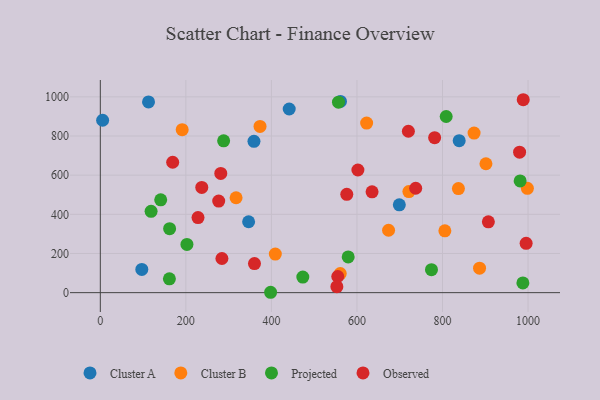
{"axis": {"x": "Investment", "y": "Demand"}, "legend": ["Cluster A", "Cluster B", "Observed", "Projected"], "data": [{"x": "839.0", "y": 776.1, "type": "Cluster A"}, {"x": "97.0", "y": 118.6, "type": "Cluster A"}, {"x": "359.2", "y": 773.0, "type": "Cluster A"}, {"x": "112.7", "y": 974.3, "type": "Cluster A"}, {"x": "699.0", "y": 448.4, "type": "Cluster A"}, {"x": "441.6", "y": 937.9, "type": "Cluster A"}, {"x": "5.4", "y": 880.5, "type": "Cluster A"}, {"x": "346.7", "y": 362.2, "type": "Cluster A"}, {"x": "561.4", "y": 976.9, "type": "Cluster A"}, {"x": "560.9", "y": 97.2, "type": "Cluster B"}, {"x": "673.9", "y": 318.7, "type": "Cluster B"}, {"x": "191.4", "y": 832.5, "type": "Cluster B"}, {"x": "622.6", "y": 866.0, "type": "Cluster B"}, {"x": "721.4", "y": 516.5, "type": "Cluster B"}, {"x": "317.4", "y": 484.8, "type": "Cluster B"}, {"x": "886.6", "y": 124.8, "type": "Cluster B"}, {"x": "805.5", "y": 315.6, "type": "Cluster B"}, {"x": "373.4", "y": 848.8, "type": "Cluster B"}, {"x": "998.4", "y": 532.6, "type": "Cluster B"}, {"x": "409.1", "y": 196.8, "type": "Cluster B"}, {"x": "873.8", "y": 815.2, "type": "Cluster B"}, {"x": "901.5", "y": 658.4, "type": "Cluster B"}, {"x": "837.2", "y": 531.8, "type": "Cluster B"}, {"x": "981.5", "y": 570.4, "type": "Projected"}, {"x": "162.0", "y": 326.6, "type": "Projected"}, {"x": "774.2", "y": 117.5, "type": "Projected"}, {"x": "118.7", "y": 415.3, "type": "Projected"}, {"x": "202.5", "y": 246.2, "type": "Projected"}, {"x": "398.1", "y": 1.9, "type": "Projected"}, {"x": "987.9", "y": 49.7, "type": "Projected"}, {"x": "473.4", "y": 79.5, "type": "Projected"}, {"x": "288.3", "y": 775.6, "type": "Projected"}, {"x": "808.6", "y": 899.7, "type": "Projected"}, {"x": "556.8", "y": 972.9, "type": "Projected"}, {"x": "141.2", "y": 474.0, "type": "Projected"}, {"x": "579.5", "y": 182.5, "type": "Projected"}, {"x": "161.5", "y": 70.8, "type": "Projected"}, {"x": "555.1", "y": 82.4, "type": "Observed"}, {"x": "553.0", "y": 30.6, "type": "Observed"}, {"x": "980.2", "y": 717.6, "type": "Observed"}, {"x": "995.5", "y": 251.7, "type": "Observed"}, {"x": "737.3", "y": 533.3, "type": "Observed"}, {"x": "635.3", "y": 515.2, "type": "Observed"}, {"x": "281.6", "y": 609.2, "type": "Observed"}, {"x": "169.2", "y": 666.0, "type": "Observed"}, {"x": "720.2", "y": 824.3, "type": "Observed"}, {"x": "602.2", "y": 626.4, "type": "Observed"}, {"x": "228.4", "y": 383.6, "type": "Observed"}, {"x": "237.2", "y": 537.6, "type": "Observed"}, {"x": "360.4", "y": 148.6, "type": "Observed"}, {"x": "576.2", "y": 502.4, "type": "Observed"}, {"x": "988.7", "y": 985.4, "type": "Observed"}, {"x": "907.2", "y": 361.5, "type": "Observed"}, {"x": "276.8", "y": 467.7, "type": "Observed"}, {"x": "284.3", "y": 174.3, "type": "Observed"}, {"x": "781.6", "y": 791.8, "type": "Observed"}]}